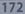
172